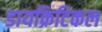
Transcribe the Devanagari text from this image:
डायक्रिटिकल